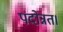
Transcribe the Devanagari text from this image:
पदोन्नत।